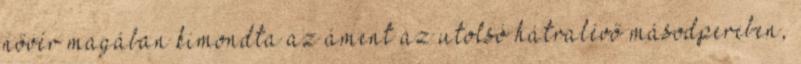
nővér magában kimondta az áment az utolsó hátralévő másodpercben,